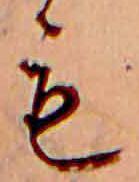
も